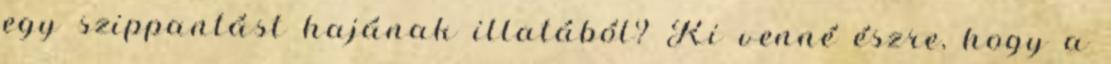
egy szippantást hajának illatából? Ki venné észre, hogy a